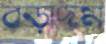
বড়াদম